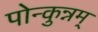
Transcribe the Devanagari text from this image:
पोन्कुन्नम्